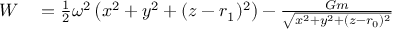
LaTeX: \begin{array} { r l } { { \cal { W } } } & { { } = { \frac { 1 } { 2 } } \omega ^ { 2 } \left( x ^ { 2 } + y ^ { 2 } + ( z - r _ { 1 } ) ^ { 2 } \right) - { \frac { G m } { \sqrt { x ^ { 2 } + y ^ { 2 } + ( z - r _ { 0 } ) ^ { 2 } } } } } \end{array}